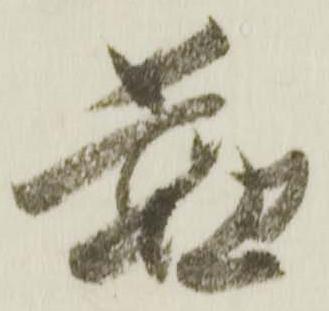
懃